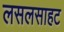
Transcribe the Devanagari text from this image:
लसलसाहट